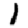
Digit: 1